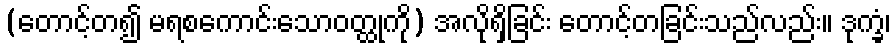
(တောင့်တ၍ မရစကောင်းသောဝတ္ထုကို) အလိုရှိခြင်း တောင့်တခြင်းသည်လည်း။ ဒုက္ခံ၊